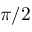
\pi / 2